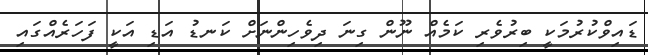
ޑައިވްކުރުމަކީ ބިރުވެރި ކަމެއް ނޫން ގިނަ ދިވެހިންނަށް ކަނޑު އަޑި އަކީ ފަހަރެއްގައި